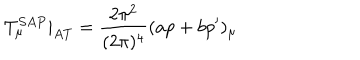
T _ { \mu } ^ { S A P } | _ { A T } = \frac { 2 \pi ^ { 2 } } { ( 2 \pi ) ^ { 4 } } ( a p + b p ^ { \prime } ) _ { \mu }